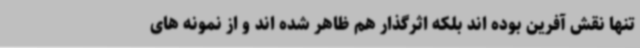
تنها نقش آفرین بوده اند بلکه اثرگذار هم ظاهر شده اند و از نمونه های